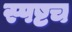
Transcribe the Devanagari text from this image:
स्पष्टच